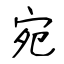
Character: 宛